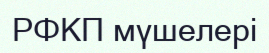
РФКП мүшелері